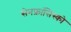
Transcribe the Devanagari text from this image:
सेनफ्रांसिस्को